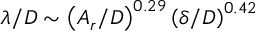
\lambda / D \sim \left( A _ { r } / D \right) ^ { 0 . 2 9 } \left( \delta / D \right) ^ { 0 . 4 2 }